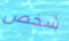
شخص